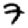
Digit: 7